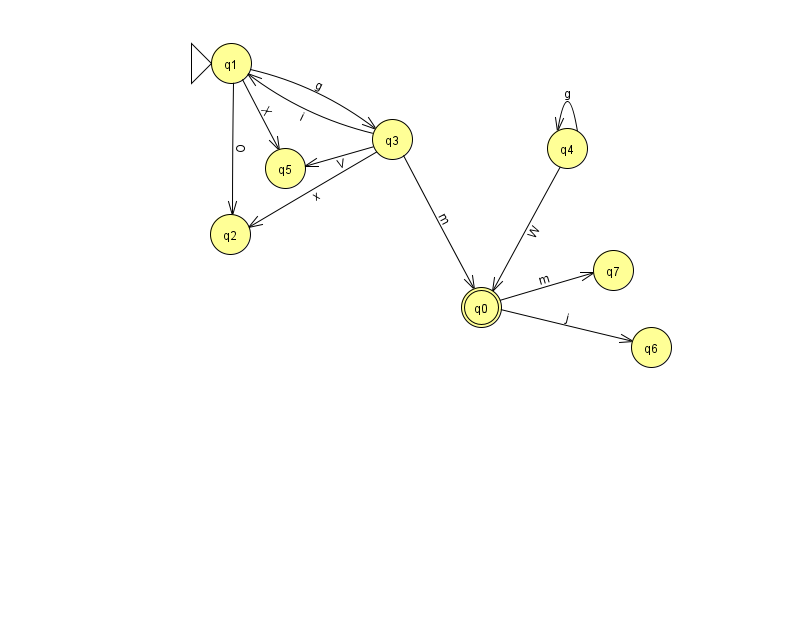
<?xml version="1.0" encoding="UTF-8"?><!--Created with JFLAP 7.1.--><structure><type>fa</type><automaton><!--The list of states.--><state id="0" name="q0"><x>481.0</x><y>294.0</y><final/></state><state id="1" name="q1"><x>231.0</x><y>50.0</y><initial/></state><state id="2" name="q2"><x>230.0</x><y>221.0</y></state><state id="3" name="q3"><x>392.0</x><y>126.0</y></state><state id="4" name="q4"><x>567.0</x><y>135.0</y></state><state id="5" name="q5"><x>285.0</x><y>155.0</y></state><state id="6" name="q6"><x>651.0</x><y>334.0</y></state><state id="7" name="q7"><x>613.0</x><y>257.0</y></state><!--The list of transitions.--><transition><from>1</from><to>5</to><read>X</read></transition><transition><from>3</from><to>1</to><read>i</read></transition><transition><from>0</from><to>6</to><read>j</read></transition><transition><from>1</from><to>2</to><read>O</read></transition><transition><from>3</from><to>5</to><read>V</read></transition><transition><from>0</from><to>7</to><read>m</read></transition><transition><from>4</from><to>4</to><read>g</read></transition><transition><from>3</from><to>2</to><read>x</read></transition><transition><from>4</from><to>0</to><read>W</read></transition><transition><from>3</from><to>0</to><read>m</read></transition><transition><from>1</from><to>3</to><read>g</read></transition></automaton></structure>